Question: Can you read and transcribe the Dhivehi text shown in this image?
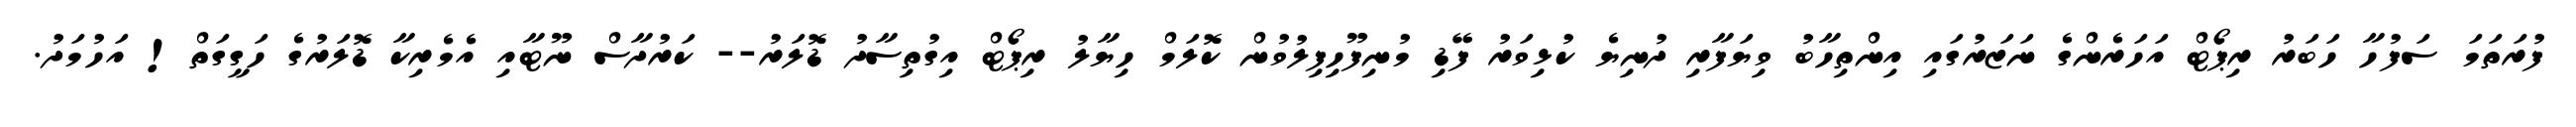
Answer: ފުރަތަމަ ސަފުހާ ހަބަރު ރިޕޯޓް އަހަރެންގެ ނަޒަރުގައި އިންތިހާބު ވިޔަފާރި ދުނިޔެ ކުޅިވަރު ފޭޑި މުނިފޫހިފިލުވުން ކޮލަމް ހިޔާލު ރިޕޯޓް އިގުތިސާދު ޑޮލަރު-- ކަރުދާސް ނޫޓާއި އެމެރިކާ ޑޮލަރުގެ ހަގީގަތް! އަހުމަދު.